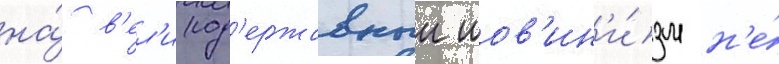
на́ в'ел'икод'ержавныи шов'ин'и́зм н'е́